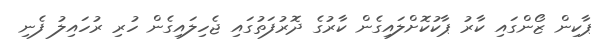
ޕާކިން ޒޯންގައި ކާރު ޕާކުކޮށްލައިގެން ކާރުގެ ދޮރުފަތުގައި ޖެހިލައިގެން ހުރި ރުހައިލު ފެނި